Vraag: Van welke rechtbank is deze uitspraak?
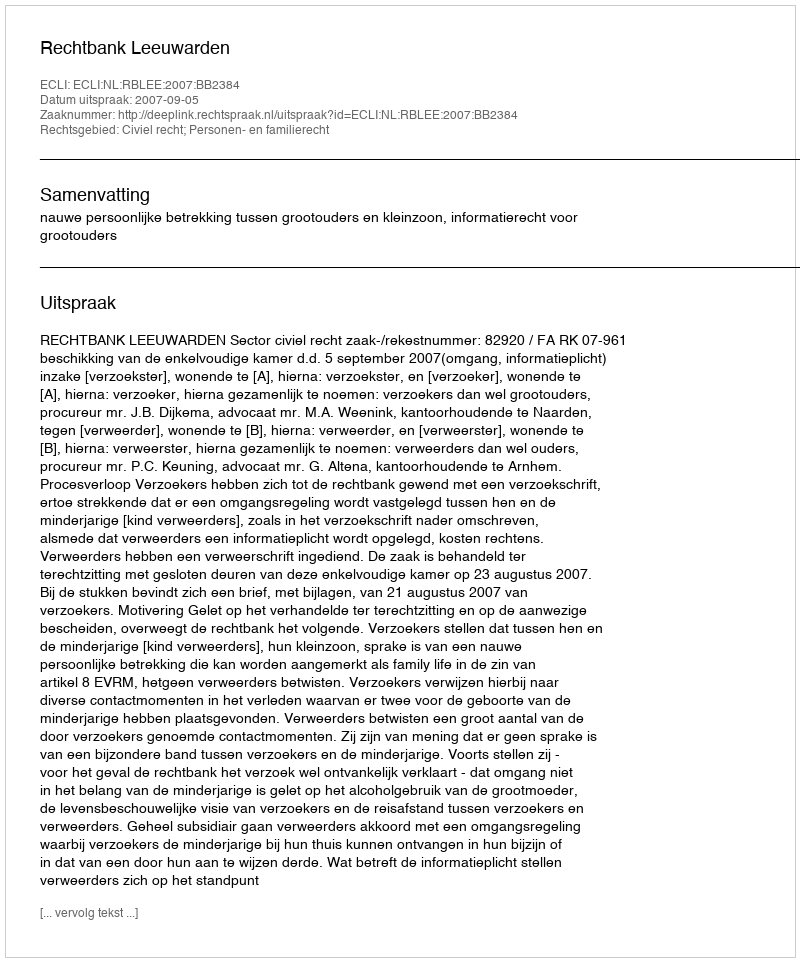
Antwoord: Rechtbank Leeuwarden